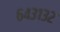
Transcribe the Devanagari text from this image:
६४३१३२